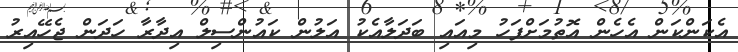
އެކަންކަން އެހެން އޮތުމަށްފަހު މިއައި ބަދަލާއެކު އަލުން ކައުންސިލް އިދާރާ ހަދަން ޖެހޭއިރު